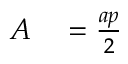
\begin{array} { r l } { A } & { { } = { \frac { a p } { 2 } } } \end{array}